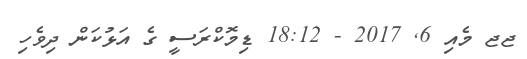
ޖޖ މެއި 6